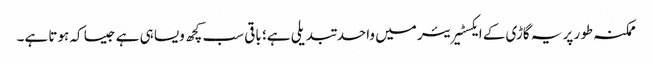
ممکنہ طور پر یہ گاڑی کے ایکسٹیریئر میں واحد تبدیلی ہے؛ باقی سب کچھ ویسا ہی ہے جیسا کہ ہوتا ہے۔